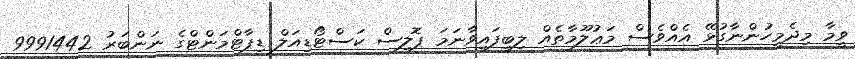
ވީމާ މިދެމީހުންނާގުޅޭ އެއްވެސް މަޢުލޫމާތެއް ލިބިފައިވާނަމަ ޕޮލިސް ކަސްޓޯޑިއަލް ޑިޕާޓްމަންޓްގެ ނަންބަރު 9991442